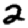
Digit: 2